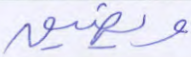
ويضيق